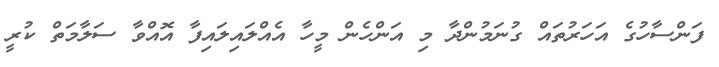
ފަންސާހުގެ އަހަރުތައް ގުނަމުންދާ މި އަންހެން މީހާ އެއްލައިލައިފާ އޮއްވާ ސަލާމަތް ކުރީ